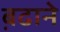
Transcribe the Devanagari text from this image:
ब़ढाने